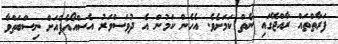
ފަރާތްތައް ރާއްޖޭގައި ނެތް ކަމަށެވެ. އެހެން ކަމުން އެ ދުވަސްވަރު އެސްއޯއެފްއަށް ނިސްބަތްވާ